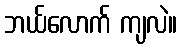
ဘယ်လောက် ကျလဲ။